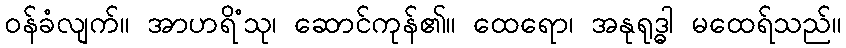
ဝန်ခံလျက်။ အာဟရိံသု၊ ဆောင်ကုန်၏။ ထေရော၊ အနုရုဒ္ဓါ မထေရ်သည်။